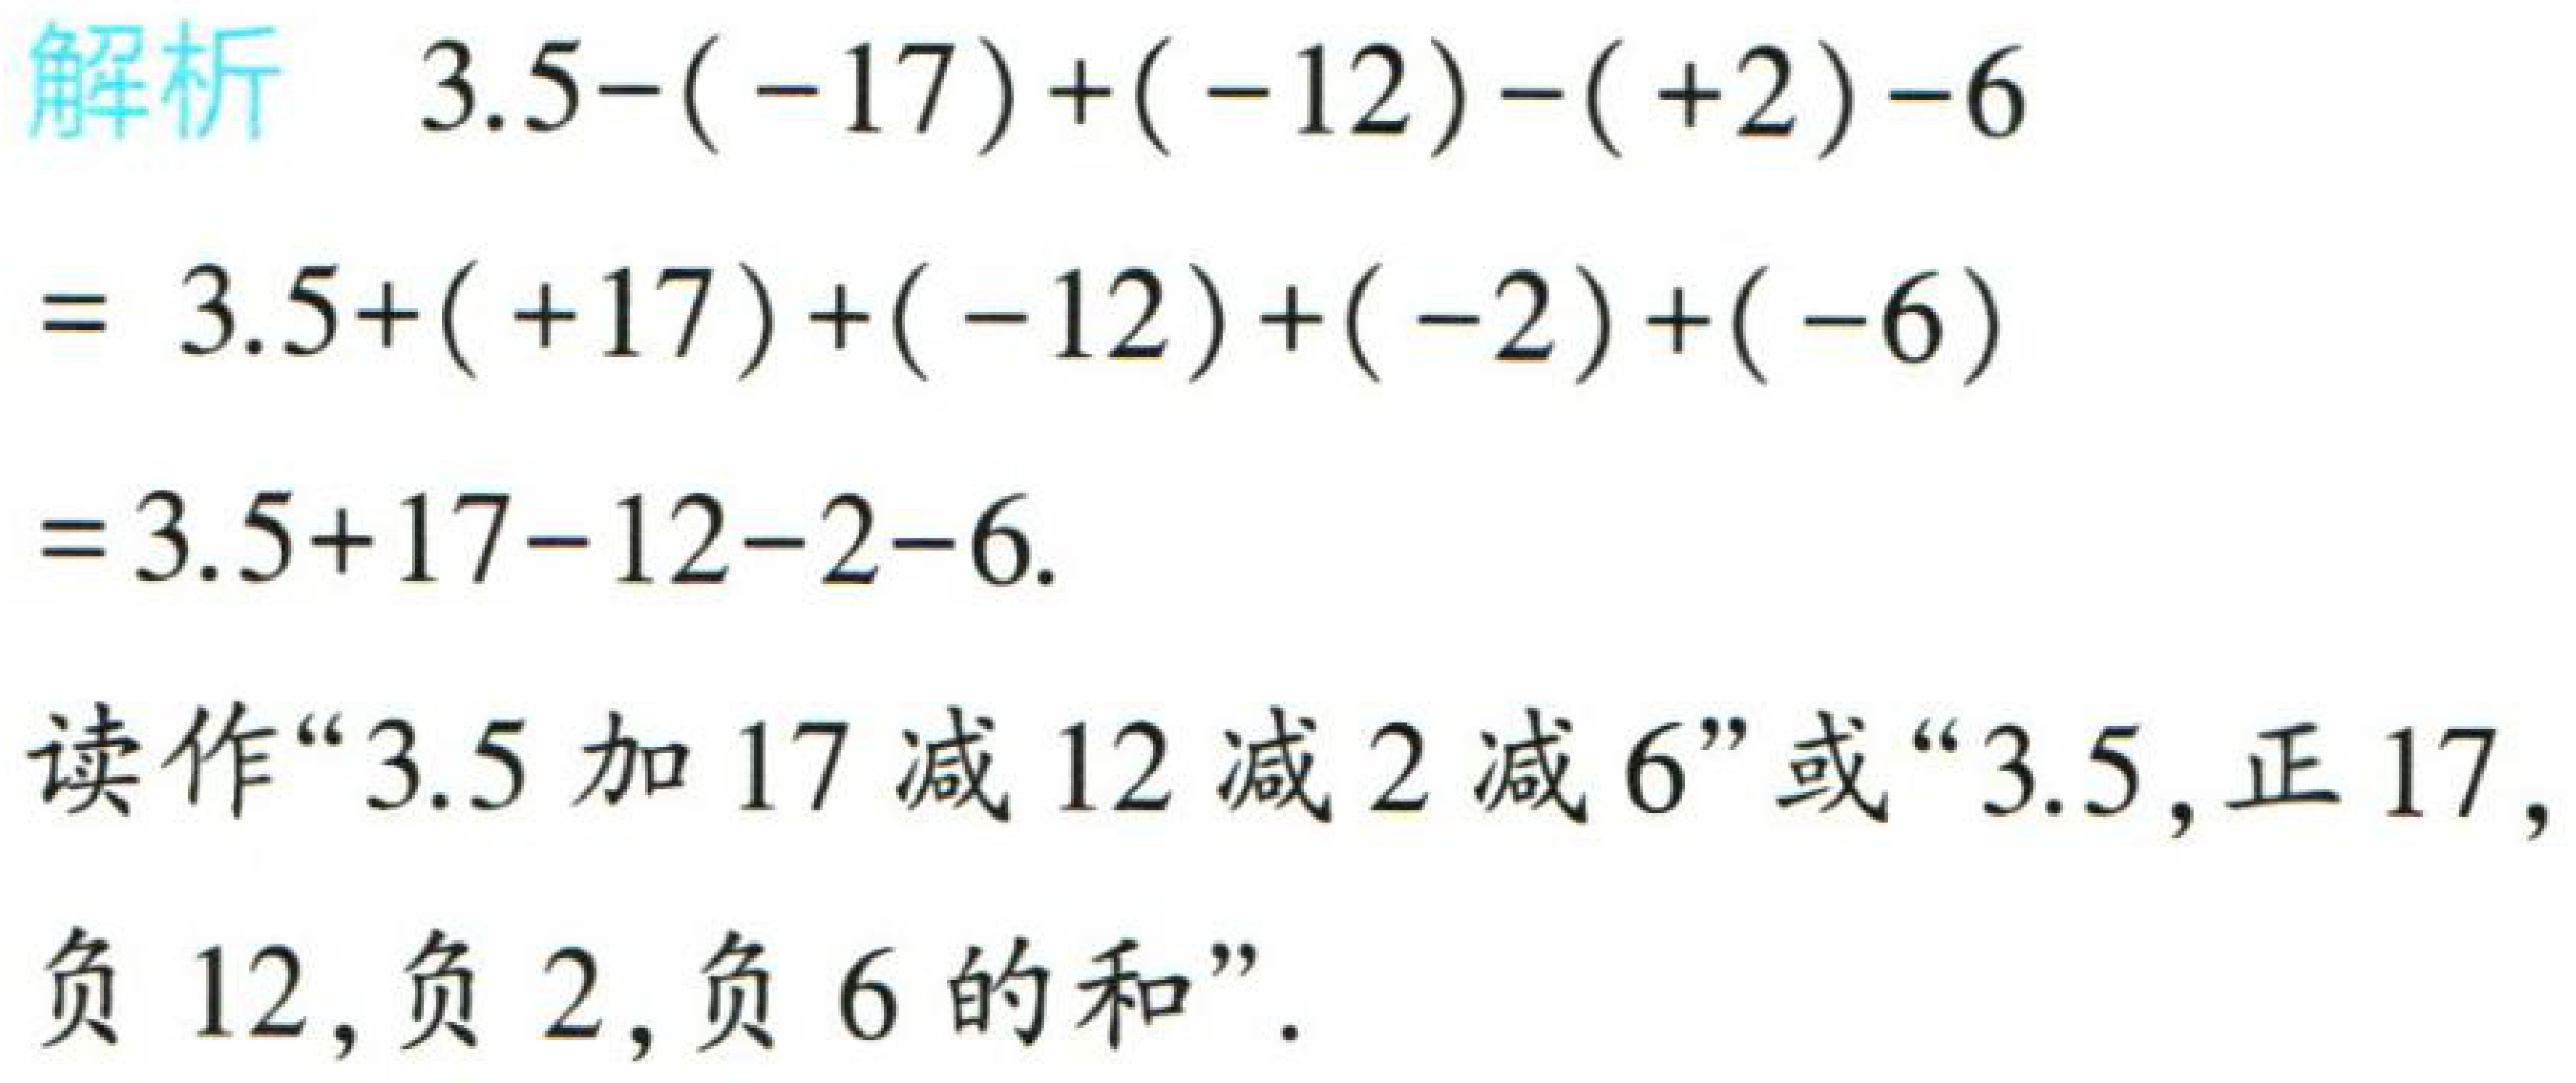
解析 \(3.5-(-17)+(-12)-(+2)-6\)
\(= 3.5+(+17)+(-12)+(-2)+(-6)\)
\(=3.5 + 17-12-2-6\).
读作“\(3.5\)加 \(17\)减 \(12\)减 \(2\)减 \(6\)”或“\(3.5\),正 \(17\),负 \(12\),负 \(2\),负 \(6\)的和”.